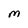
Character: M